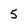
Character: 5